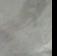
Signature authenticity: forged